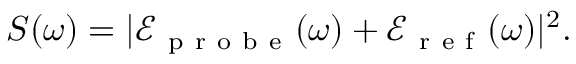
S ( \omega ) = | \mathcal { E } _ { \mathrm { ~ p ~ r ~ o ~ b ~ e ~ } } ( \omega ) + \mathcal { E } _ { \mathrm { ~ r ~ e ~ f ~ } } ( \omega ) | ^ { 2 } .